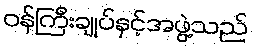
ဝန်ကြီးချုပ်နှင့်အဖွဲ့သည်